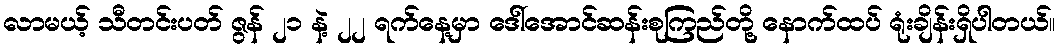
လာမယ့် သီတင်းပတ် ဇွန် ၂၁ နဲ့ ၂၂ ရက်နေ့မှာ ဒေါ်အောင်ဆန်းစုကြည်တို့ နောက်ထပ် ရုံးချိန်းရှိပါတယ်။